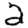
Digit: 2